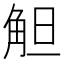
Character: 觛